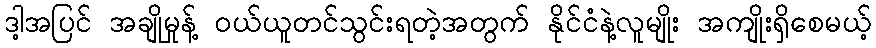
ဒါ့အပြင် အချိုမှုန့် ဝယ်ယူတင်သွင်းရတဲ့အတွက် နိုင်ငံနဲ့လူမျိုး အကျိုးရှိစေမယ့်